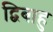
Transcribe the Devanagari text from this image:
द्विबाहु